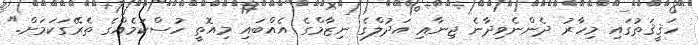
ހަޤީޤަތުގައި މިހާރު ދެންނެވިދާނެ ޖިނާޢި އަދުލްގެ ނިޒާމްގެ އެއްބައި މިއޮތީ ހުސްކަމެއްގެ ތެރޭގަކަމަށް."